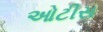
ઓટીસ